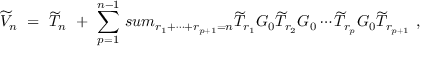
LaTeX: \widetilde V _ { n } \ = \ \widetilde T _ { n } \ + \ \sum _ { p = 1 } ^ { n - 1 } \, s u m _ { r _ { 1 } + \cdots + r _ { p + 1 } = n } \widetilde T _ { r _ { 1 } } G _ { 0 } \widetilde T _ { r _ { 2 } } G _ { 0 } \cdots \widetilde T _ { r _ { p } } G _ { 0 } \widetilde T _ { r _ { p + 1 } } \ ,